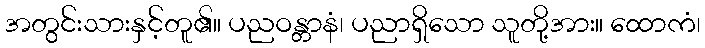
အတွင်းသားနှင့်တူ၏။ ပညဝန္တာနံ၊ ပညာရှိသော သူတို့အား။ ထောကံ၊